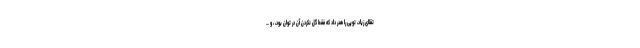
تقلای زیاد، توپی را هدر داد که فقط گل نکردن آن در توان بود، ، و ...